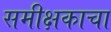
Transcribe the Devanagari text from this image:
समीक्षकाचा